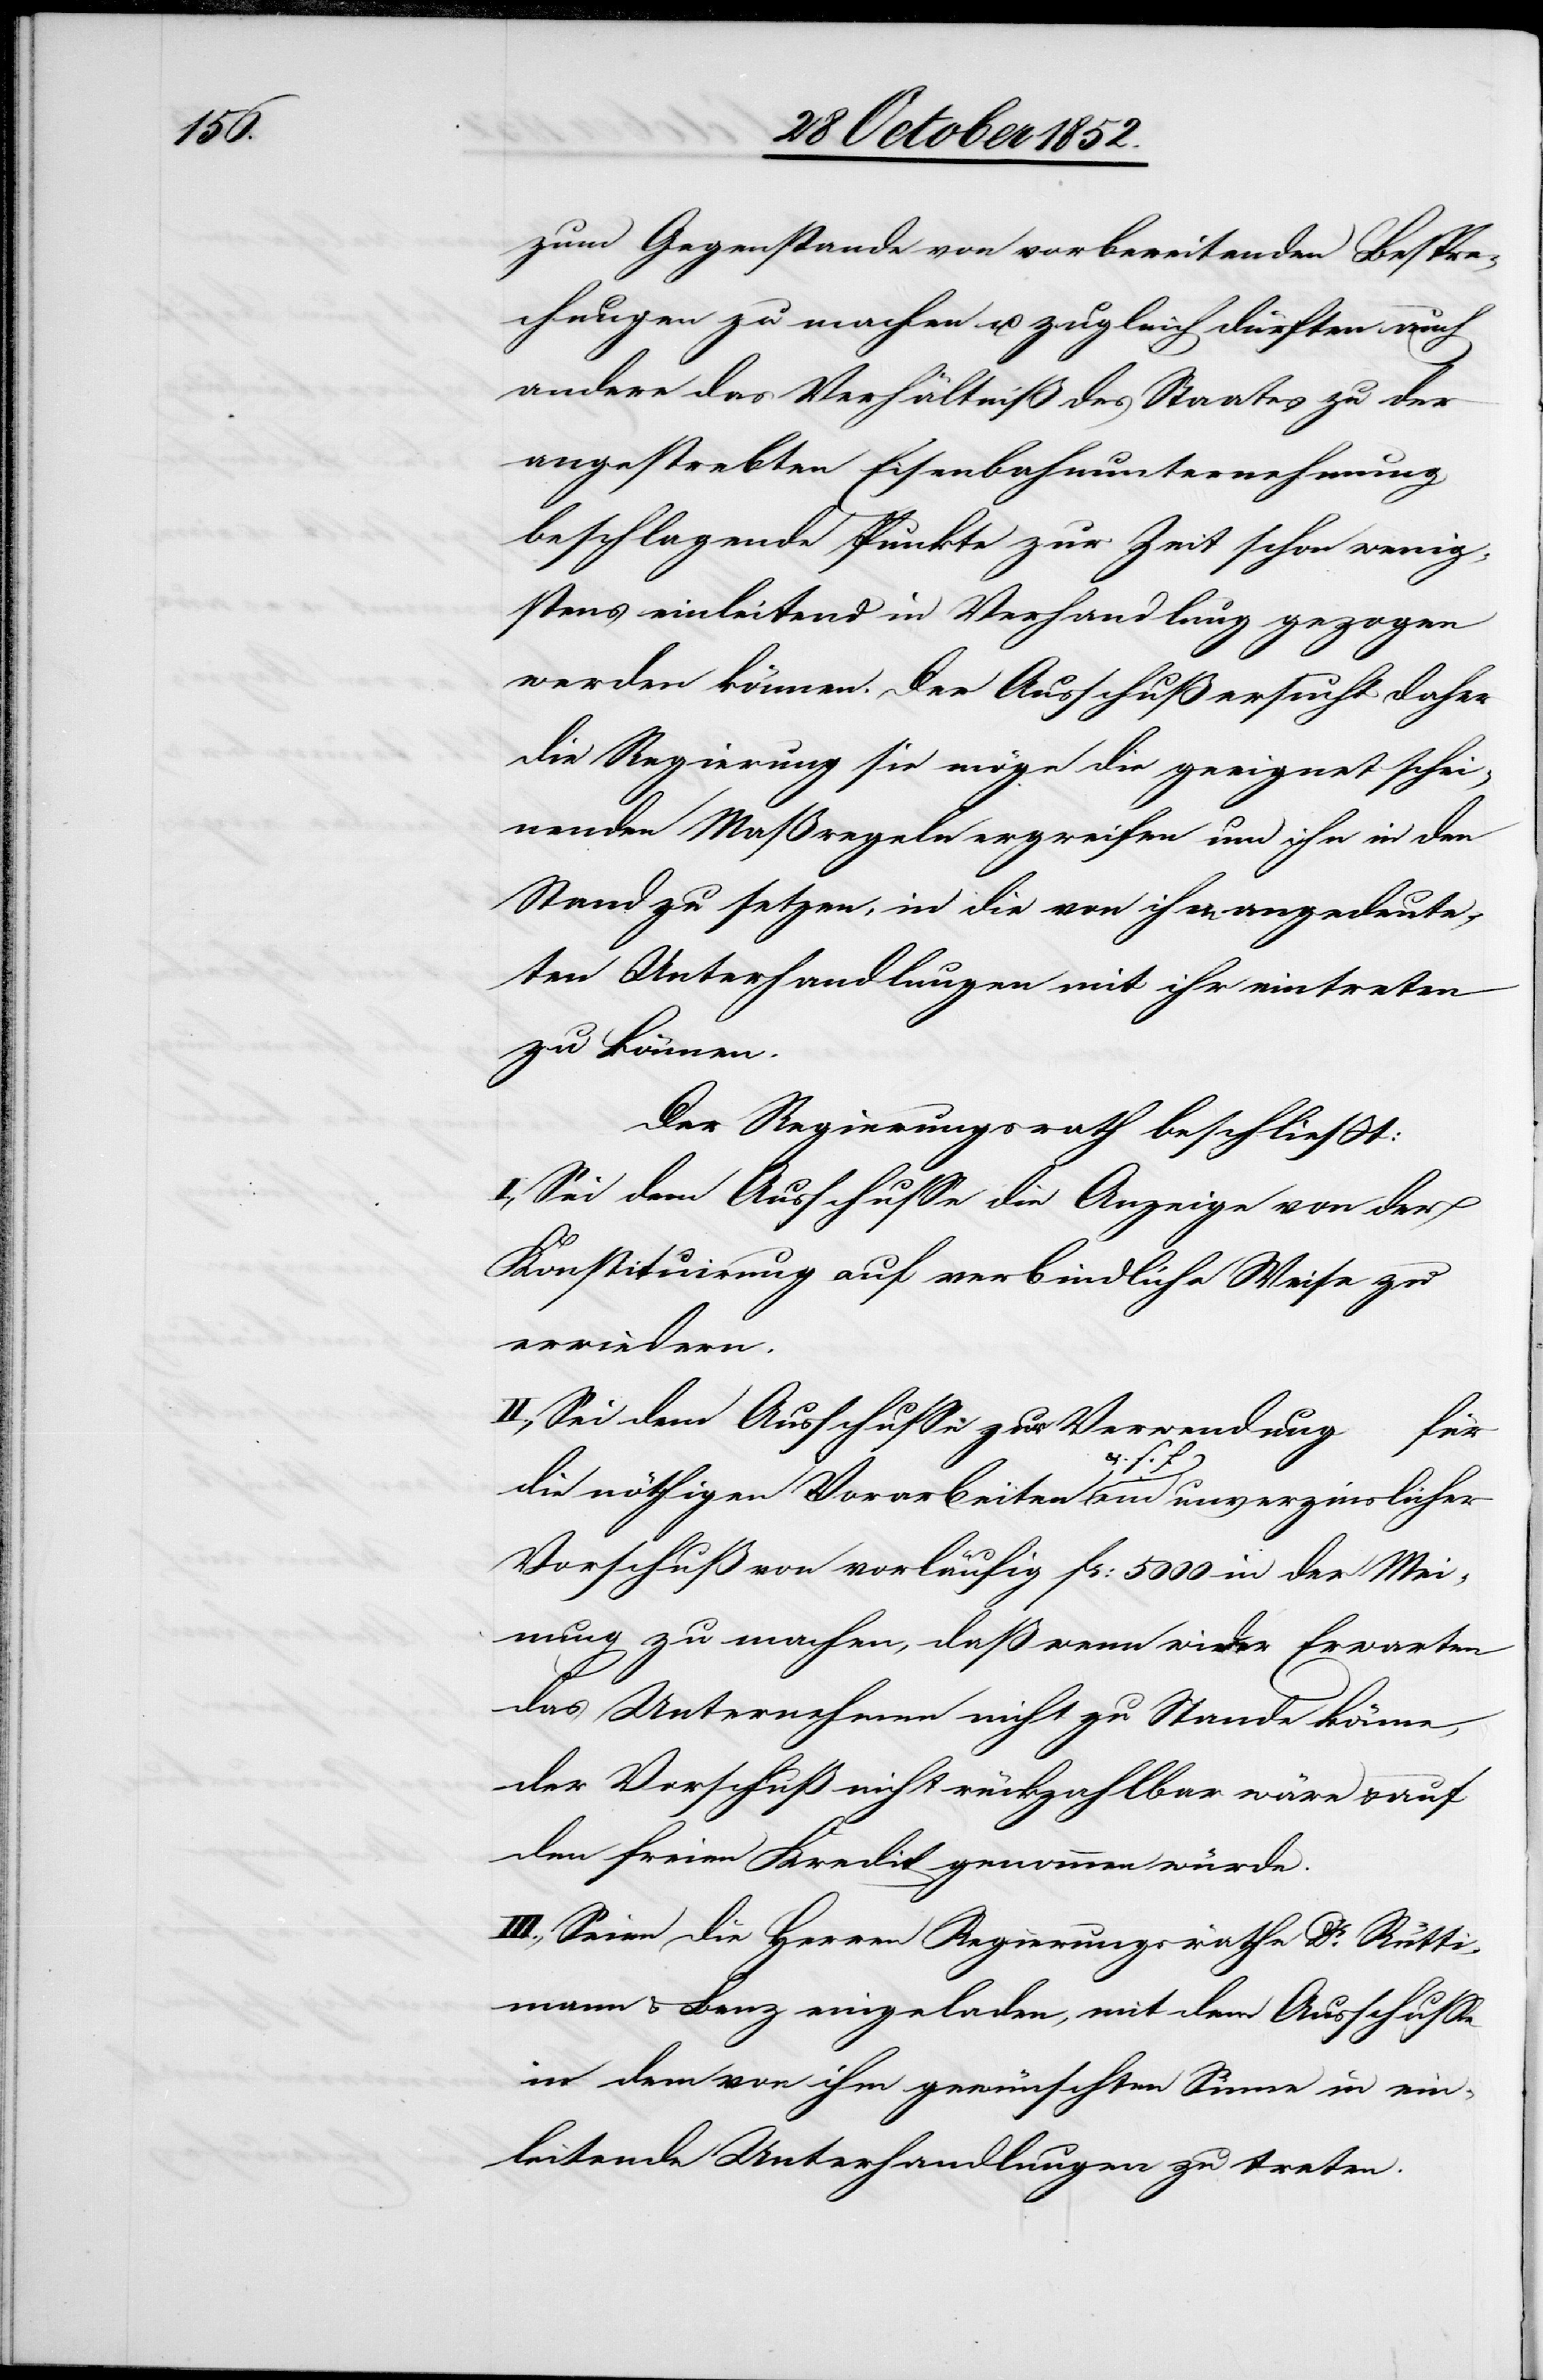
zum Gegenstande von vorbereitenden Bespre¬
chungen zu machen u. zugleich dürften auch
andere das Verhältniß des Staates zu der
angestrebten Eisenbahnunternehmung
beschlagende Punkte zur Zeit schon wenig¬
stens einleitend in Verhandlung gezogen
werden können. Der Ausschuß ersucht daher
die Regierung sie möge die geeignet schei¬
nenden Maßregeln ergreifen um ihn in den
Stand zu setzen, in die von ihm angedeute¬
ten Unterhandlungen mit ihr eintreten
zu können.
Der Regierungsrath beschließt:
I., Sei dem Ausschusse die Anzeige von der
Konstituirung auf verbindliche Weise zu
erwiedern.
II., Sei dem Ausschusse zur Verwendung für
die nöthigen Vorarbeiten u. s. f. ein unverzinslicher
Vorschuß von vorläufig Fr: 5000 in der Mei¬
nung zu machen, daß wenn wider Erwarten
das Unternehmen nicht zu Stande käme,
der Vorschuß nicht rückzahlbar wäre & auf
den freien Kredit genommen würde.
III., Seien die Herren Regierungsräthe Dr. Rütti¬
mann & Benz eingeladen, mit dem Ausschusse
in dem von ihm gewünschten Sinne in ein¬
leitende Unterhandlungen zu treten.